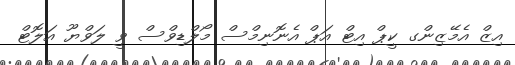
އިޒް އެމޭޒިންގ ކީޕް އިޓް އަޕް އެނޮނިމްސް މޯލްޑިވްސް ވީ ލަވްޔޫ އަލޮޓް